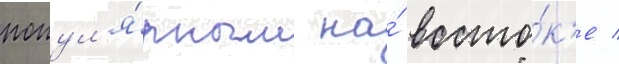
попул'я́рным на́ восто́к'е /